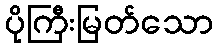
ပိုကြီးမြတ်သော